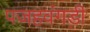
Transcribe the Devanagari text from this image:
पजहवंगड़ी